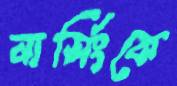
নার্সিংকে